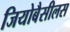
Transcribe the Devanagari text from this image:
जियोबैसीलस